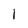
Character: 1